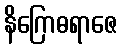
နိဂြောဓရာဇေ